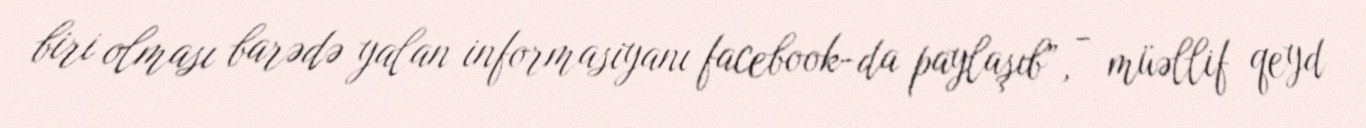
biri olması barədə yalan informasiyanı facebook-da paylaşıb”, - müəllif qeyd